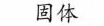
固体